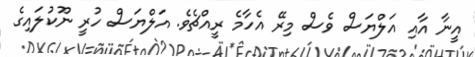
އީނާ އާއި އަލްޔަސް ވެސް މިރޭ އެހާމެ ރީއްޗެވެ. އަލްޔަސް ހުރީ ނޫކުލައިގެ